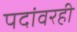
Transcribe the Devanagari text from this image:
पदांवरही